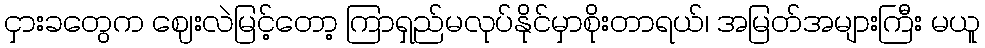
ငှားခတွေက ဈေးလဲမြင့်တော့ ကြာရှည်မလုပ်နိုင်မှာစိုးတာရယ်၊ အမြတ်အများကြီး မယူ